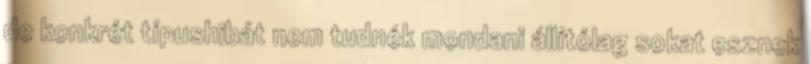
de konkrét típushibát nem tudnék mondani állítólag sokat esznek